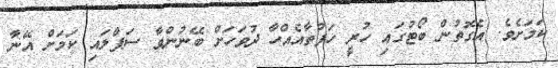
ކަމަށެވެ. އެގޮތުން ބޯޓުގައި ހުރީ ހަފުތާއެއްހާ ދުވަހަށް ބޭނުންވާ ސަޕްލައި ކަމަށް އޭނާ